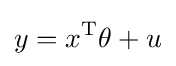
y=x^{\mathrm {T} }\theta +u